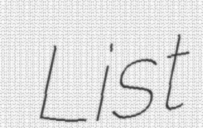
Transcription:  List